Vaccine operations Central Provinces & Berar 1922-1929 - 1922-1929
Year: 1922
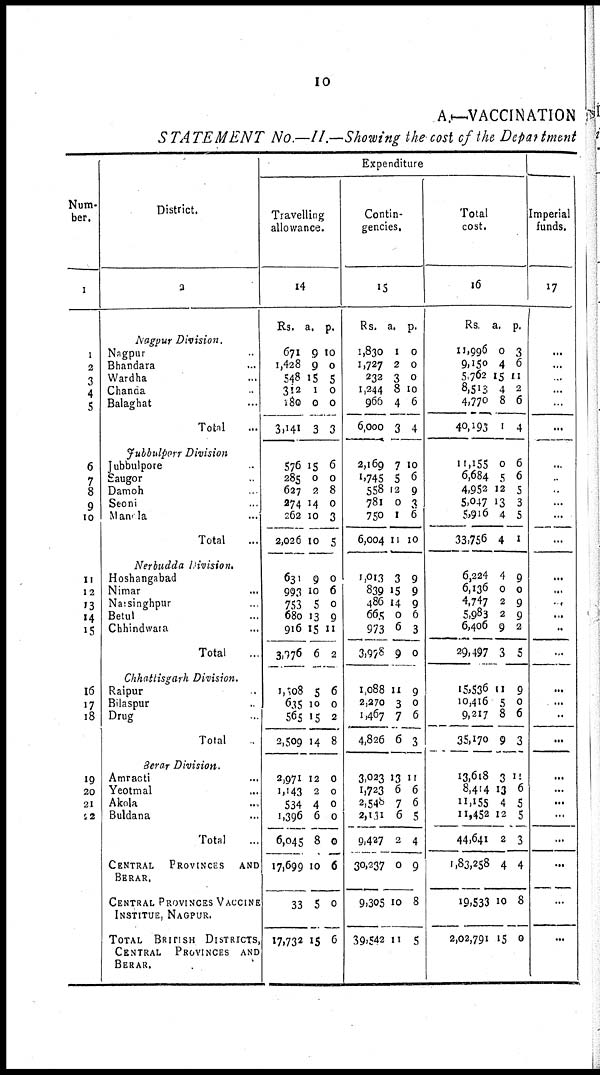
10
A.—VACCINATION
STATEMENT
No.—II.—Showing the cost of' the Department
Num-
ber.
1
1
2
3
4
5
6
7
8
9
10
11
12
13
14
15
16
17
18
19
20
21
22
District.
2
Nagpur
Division.
Nagpur.
Bhandara...
Wardha...
Chanda...
Balaghat...
Total...
Jubbulpore
Division
Jubbulpore.
Saugor.
Damoh
Seoni...
Mandla...
Total...
Nerbudda
Division.
Hoshangabad
Nimar...
Narsinghpur..
Betul...
Chhindwara...
Total...
Chhattisgarh
Division.
Raipur...
Bilaspur...
Drug...
Total
Berar
Division.
Amraoti...
Yeotmal...
Akola...
Buldana...
Total...
CENTRAL
PROVINCES AND
BERAR.
CENTRAL PROVINCES VACCINE
INSTITUE, NAGPUR.
TOTAL BRITISH DISTRICTS,
CENTRAL PROVINCES AND
BERAR.
Expenditure
Travelling
allowance.
14
Rs.
671
1,428
548
312
l80
3,141
576
285
627
274
262
2,026
631
993
753
680
916
3,976
1,808
635
565
2,509
2,971
1,143
534
1,396
6,045
17,699
33
17,732
a.
9
9
15
1
0
3
15
0
2
14
10
10
9
10
5
13
15
6
5
10
15
14
12
2
4
6
8
10
5
15
p.
10
0
5
0
0
3
6
0
8
0
3
5
0
6
0
9
11
2
6
0
2
8
0
0
0
0
0
6
0
6
Contin-
gencies.
15
Rs.
1,830
1,727
232
1,244
966
6,000
2,169
1,745
558
781
750
6,004
1,013
839
486
665
973
3,978
1,088
2,270
1,467
4,826
3,023
1,723
2,548
2,131
9,427
30,237
9,305
39,542
a.
1
2
3
8
4
3
7
5
12
0
1
11
3
15
14
0
6
9
11
3
7
6
13
6
7
6
2
0
10
11
p.
0
0
0
10
6
4
10
6
9
3
6
10
9
9
9
6
3
0
9
0
6
3
11
6
6
5
4
9
8
5
Total
cost.
16
Rs
11,996
9,150
5,762
8,513
4,770
40,193
11,155
6,684
4,952
5,047
5,916
33,756
6,224
6,136
4,747
5,983
6,406
29,497
15,536
10,416
9,217
35,170
13,618
8,414
11,155
11,452
44,641
1,83,258
19,533
2,02,791
a.
0
4
15
4
8
1
0
5
12
13
4
4
4
0
2
2
9
3
11
5
8
9
3
13
4
12
2
4
10
15
p.
3
6
11
2
6
4
6
6
5
3
5
1
9
0
9
9
2
5
9
0
6
3
11
6
5
5
3
4
8
0
Imperial
funds.
17
...
...
..
...
...
...
..
...
.
...
...
...
...
...
.
...
..
...
...
...
..
...
...
...
...
...
...
...
...
...